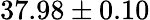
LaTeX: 37.98\pm 0.10